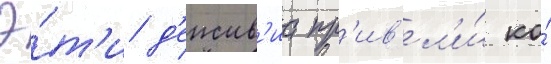
Э́т'и д'еиств'иа пр'ив'ел'и́ ко́